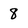
Character: 8